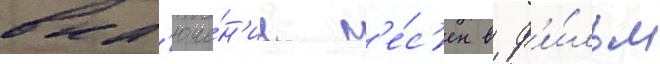
вкл'юче́н'ие п'е́с'ен в ф'и́льм